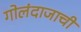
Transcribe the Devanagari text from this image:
गोलंदाजाची